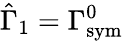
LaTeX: \hat{\Gamma}_{1}=\Gamma_{\mathrm{{sym}}}^{0}